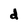
Character: d